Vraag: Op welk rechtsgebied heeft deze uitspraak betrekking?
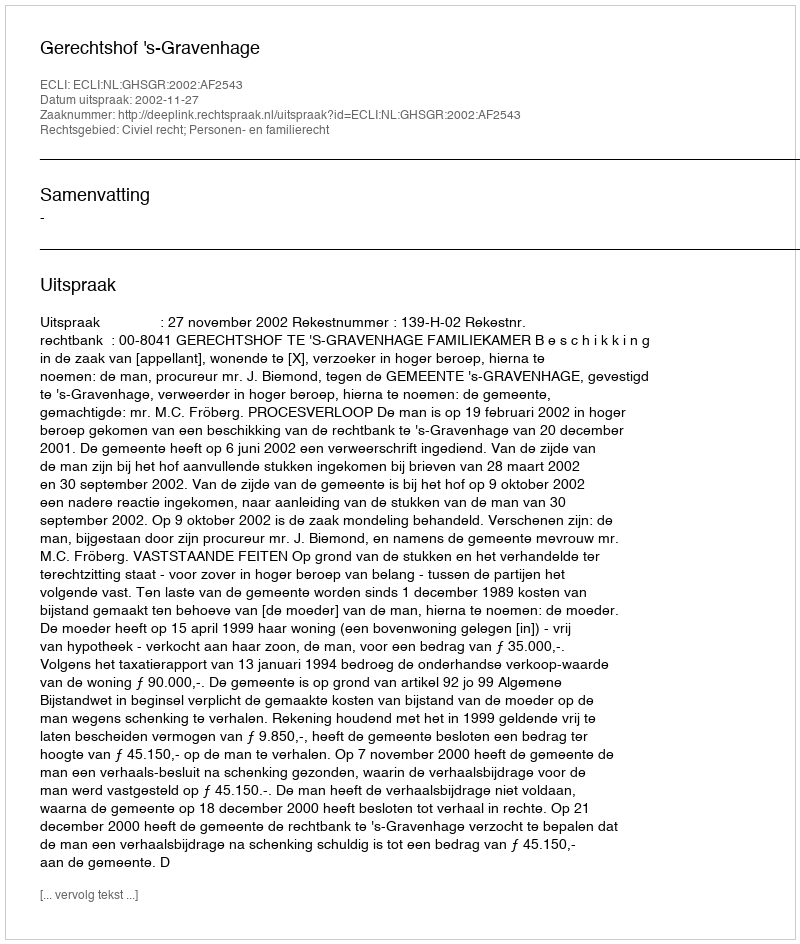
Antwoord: Civiel recht; Personen- en familierecht